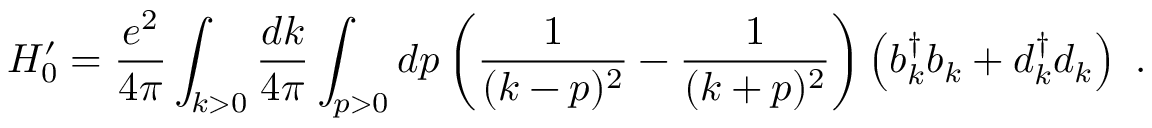
H _ { 0 } ^ { \prime } = { \frac { e ^ { 2 } } { 4 \pi } } \int _ { k > 0 } { \frac { d k } { 4 \pi } } \int _ { p > 0 } d p \left( { \frac { 1 } { ( k - p ) ^ { 2 } } } - { \frac { 1 } { ( k + p ) ^ { 2 } } } \right) \left( b _ { k } ^ { \dagger } b _ { k } + d _ { k } ^ { \dagger } d _ { k } \right) \ .